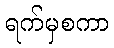
ရက်မှစကာ